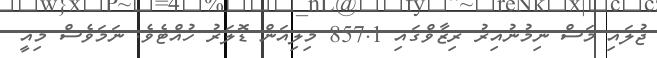
ޖުލައި މަސް ނިމުނުއިރު ރިޒާވްގައި 857.1 މިލިއަން ޑޮލަރު ހުއްޓެވެ. ނަމަވެސް މިއީ